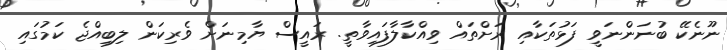
ނޫނެކޭ ބުނަންނަވީ ފަޅުތަކާއި ރަށްތައް ވިއްކާލާފައިވާތީ. ރައީސް ޔާމިނަށް ވެރިކަން ލިބިއްޖެ ކަމުގައި